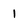
Character: 1